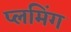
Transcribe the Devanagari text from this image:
प्लमिंग